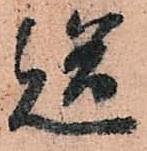
送